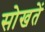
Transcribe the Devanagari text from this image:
सोखतें